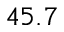
4 5 . 7